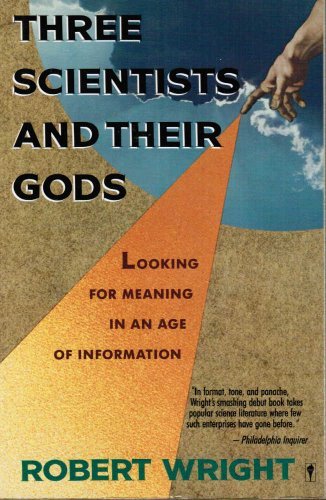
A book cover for Three Scientists and Their Gods: Looking for Meaning in an Age of Information; Robert Wright; Computers & Technology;